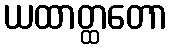
ယထာတ္ထတော